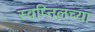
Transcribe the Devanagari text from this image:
स्वप्निलच्या